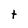
Character: t